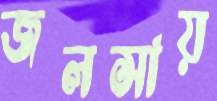
জলসায়